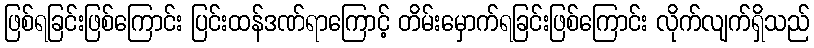
ဖြစ်ရခြင်းဖြစ်ကြောင်း ပြင်းထန်ဒဏ်ရာကြောင့် တိမ်းမှောက်ရခြင်းဖြစ်ကြောင်း လိုက်လျက်ရှိသည်